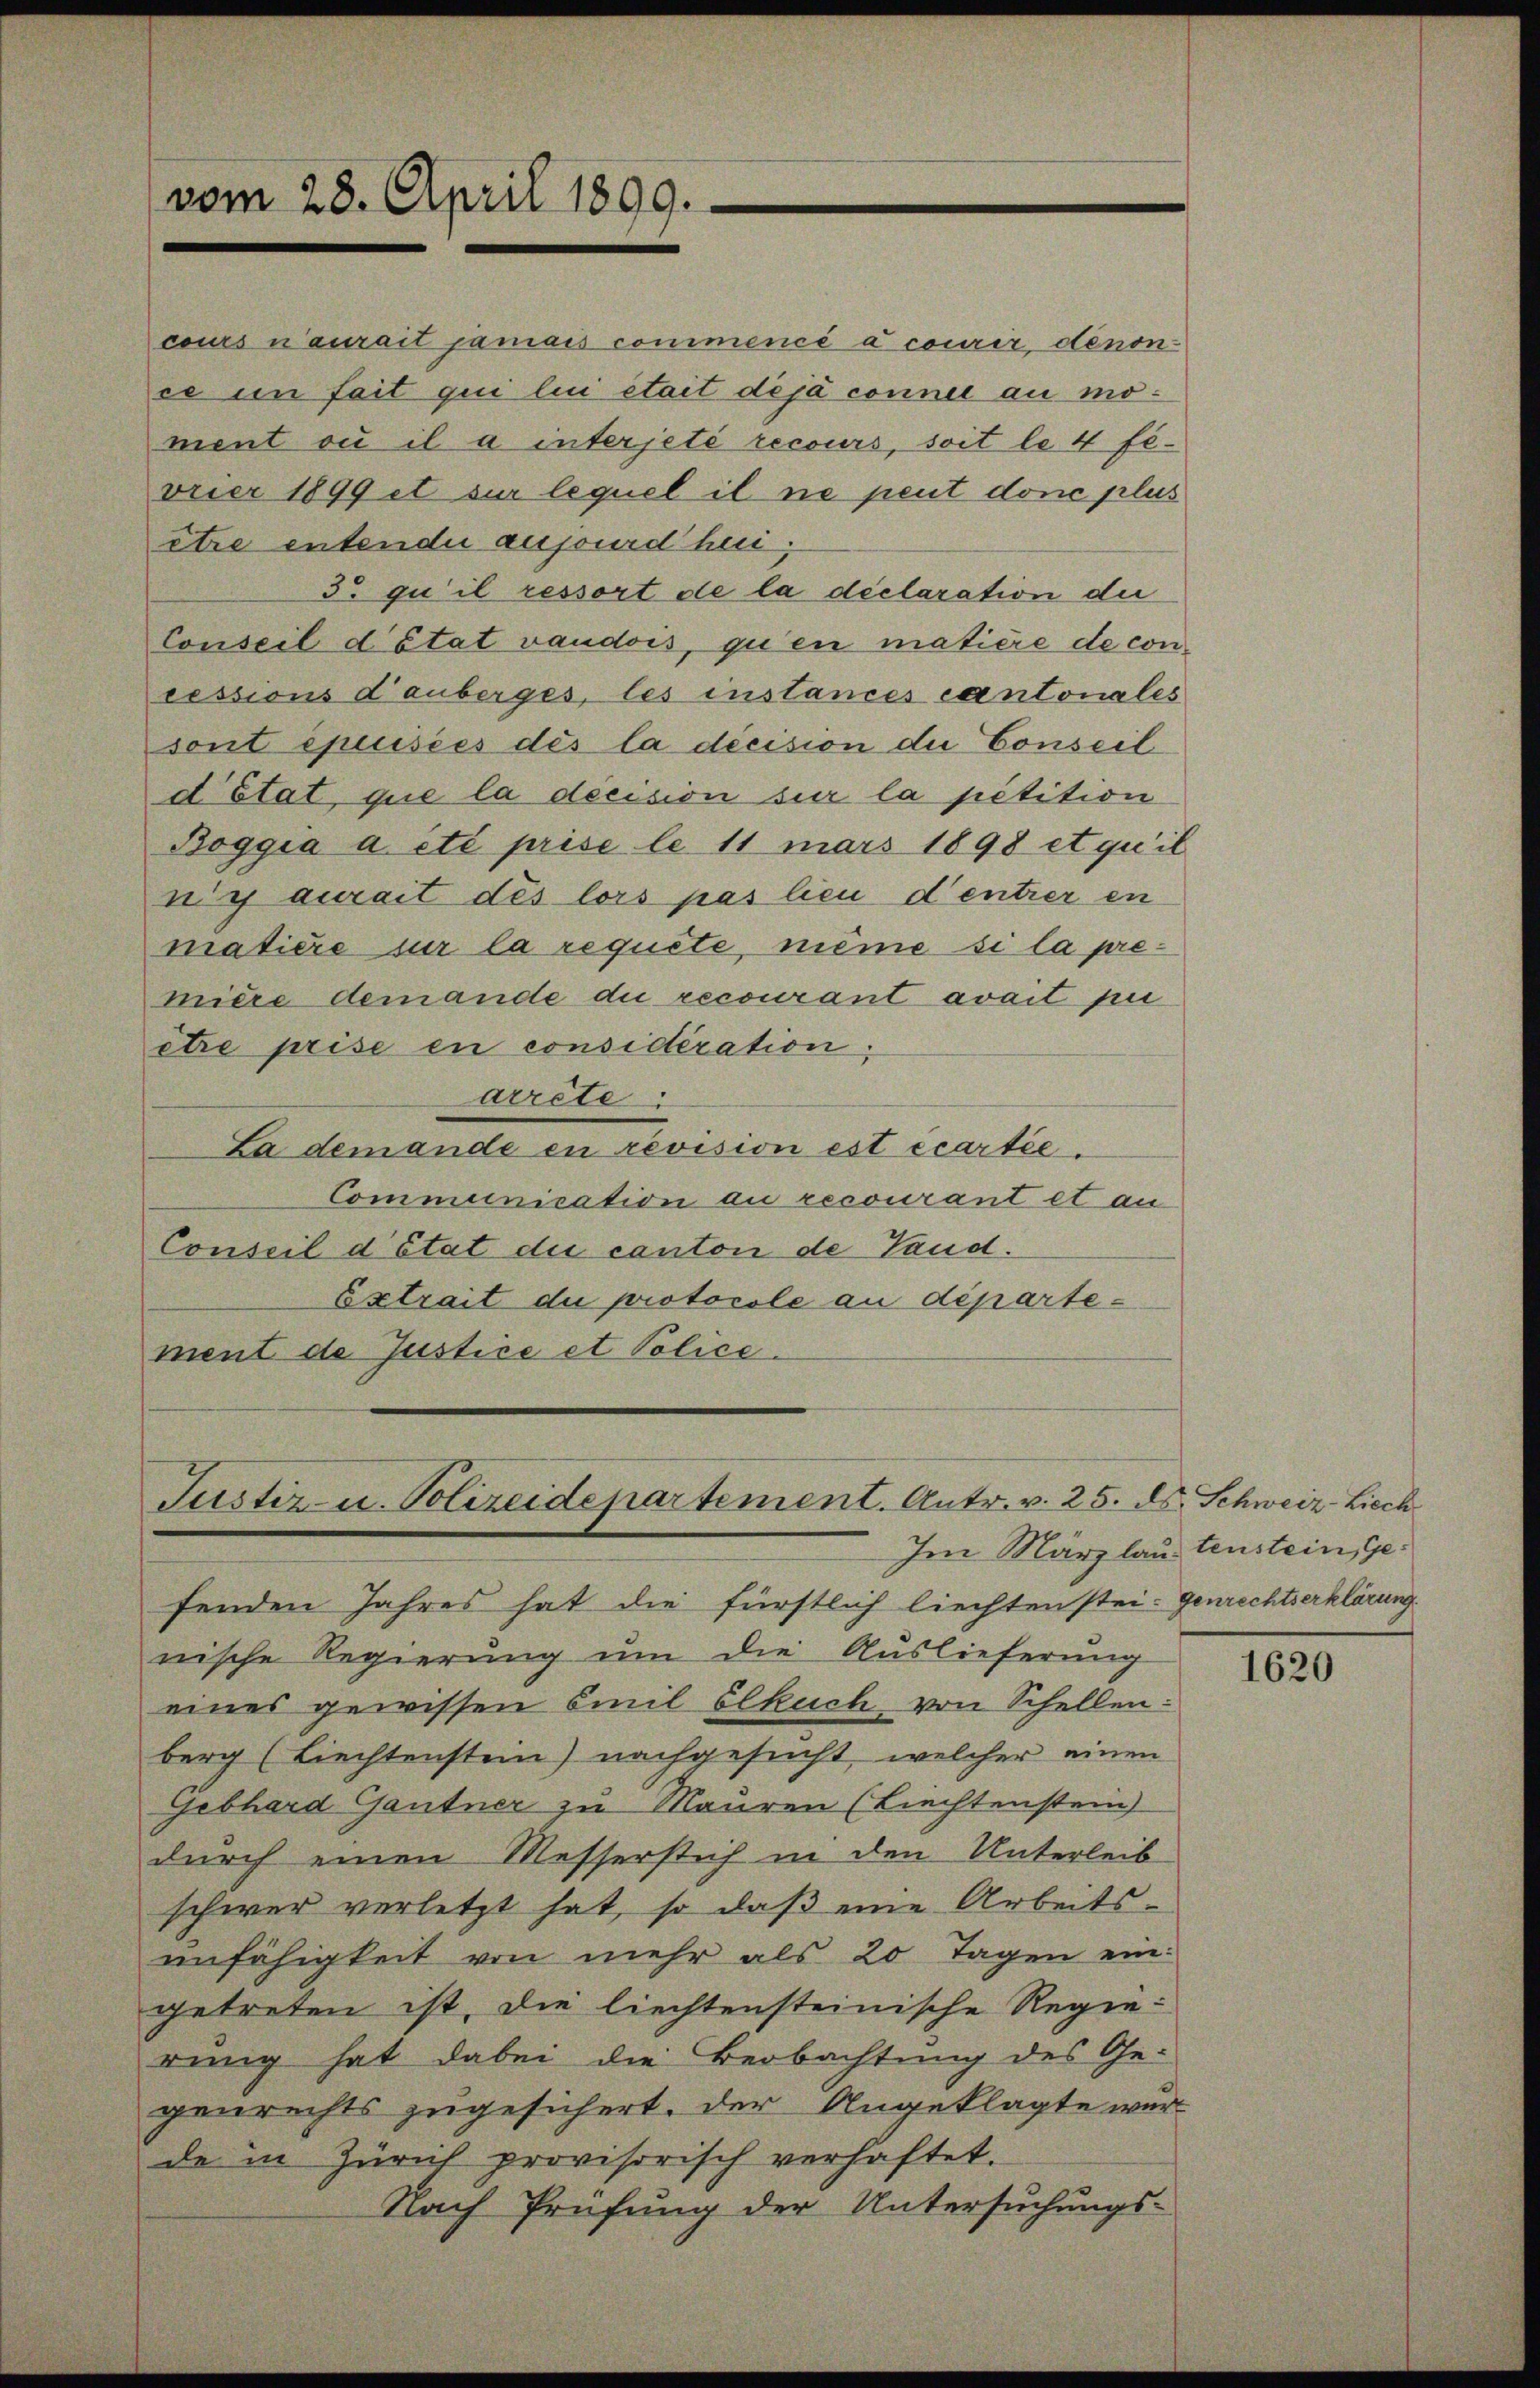
cours n’aurait jamais commencé à courir denon
ce in fait qui lui était déjà connel au moment ou il a interjeté recours, soit le 4 fevrier 1899 et sur lequel il ne peut donc plus
etre entende aufourd hei
3 gu il ressort de la déclaration die
Conseil d’état vaudois, qu’en matière de concessions d’auberges, les instances cantonales
sont épuisées dès la décision die Conseil
d’Etat, que la décision sur la petition
Boggia a été prise le 11 mars 1898 et qu’il
n’y aurait des lors pas lieu d’entrer en
matière sur la requete, même si la première demande die recourant avait pui
etre prise en consideration;
arrete
La demande en revision est écartie¬
Communication an recourant et au
Conseil d’état die canton de Land¬
Extrait du protocole au département de Justice et Police.

vom 28. April 1899.

Suster u. Polizeidepartement. Antr. v. 25. ds. Schweiz-Liech
Im März lautenstein, Ge¬

fenden Jahres hat die fürstlich liechten stei- Genrechtserklärung
nische Regierung um die Auslieferung
eines gewissen Emil Elkuch von Schellen:
berg (Liechtenstein) nachgesucht, welcher einen
Gebhard Gantner zu Mauren (Liechtenstein)
durch einen Messerstich in den Unterleib
schwer verletzt hat, so daß eine Arbeitsunfähigkeit von mehr als 20 Tagen eingetreten ist, die liechtensteinische Regierung hat dabei die Beobachtung des Gegenrechts zugesichert, der Angeklagte wur
de in Zürich provisorisch verhaftet.
Nach Prüfung der Untersuchungs-

1620